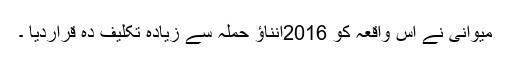
میوانی نے اس واقعہ کو 2016انناؤ حملہ سے زیادہ تکلیف دہ قراردیا ۔